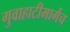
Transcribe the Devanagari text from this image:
गुवाहाटीमार्गेच